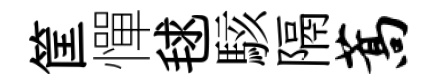
筐憚毬駭隔蒿